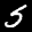
Label: 5